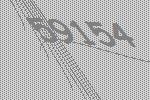
59154